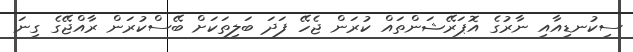
ސިކުނޑިއާއި ނާރުގެ އޮޕަރޭޝަންތައް ކުރަން ޖެހޭ ފަދަ ބަލިތަކަށް ބޭސްކުރަން ރާއްޖޭގެ ގިނަ